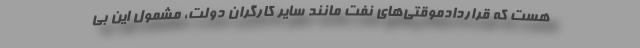
هست که قراردادموقتی‌های نفت مانند سایر کارگران دولت، مشمول این بی